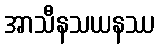
အာသီနသယနဿ